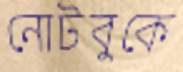
নোটবুকে